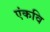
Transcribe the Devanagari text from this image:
एंकवि